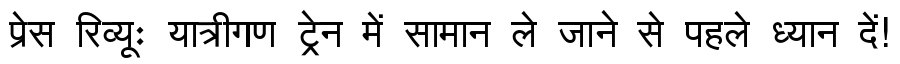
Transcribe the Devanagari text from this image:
प्रेस रिव्यूः यात्रीगण ट्रेन में सामान ले जाने से पहले ध्यान दें!